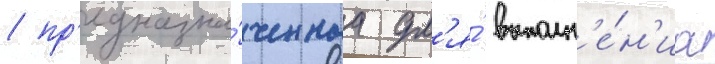
/ пр'едназна́ченнаа дл'я́ выполн'е́н'иа